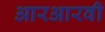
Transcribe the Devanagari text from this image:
आरआरवी